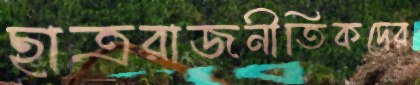
ছাত্ররাজনীতিকদের